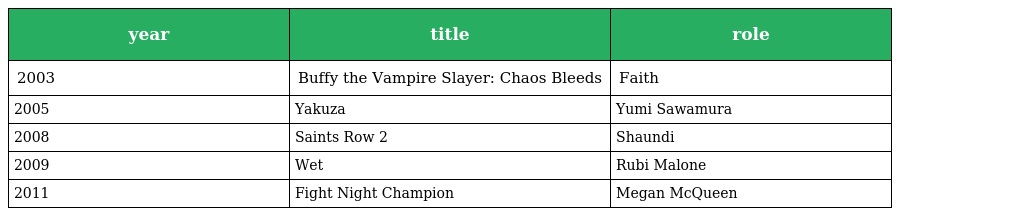
| year | title | role |
 | --- | --- | --- |
 | 2003 | Buffy the Vampire Slayer: Chaos Bleeds | Faith |
 | 2005 | Yakuza | Yumi Sawamura |
 | 2008 | Saints Row 2 | Shaundi |
 | 2009 | Wet | Rubi Malone |
 | 2011 | Fight Night Champion | Megan McQueen |